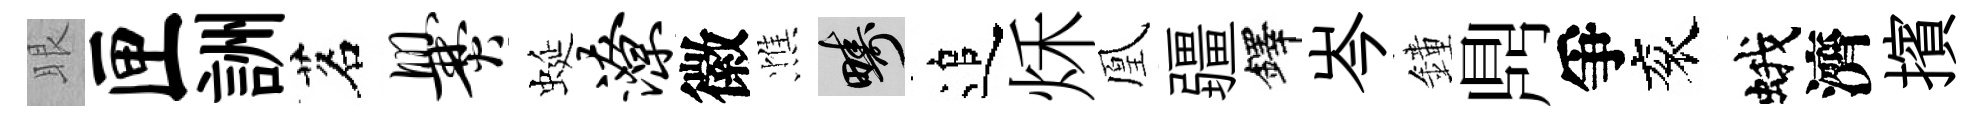
眼匣詶茗爨蜒潦徽憔疇追秌凰疆鐸岑鐘𪔂爭衮蛾濟擯